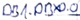
Text: DB1.DBX0.0